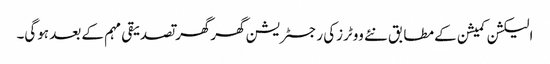
الیکشن کمیشن کے مطابق نئے ووٹرزکی رجسٹریشن گھرگھر تصدیقی مہم کے بعد ہوگی۔